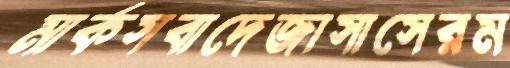
মার্কসবাদেজাসাসেরম